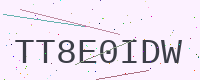
Text: TT8E0IDW